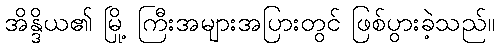
အိန္ဒိယ၏ မြို့ ကြီးအများအပြားတွင် ဖြစ်ပွားခဲ့သည်။